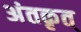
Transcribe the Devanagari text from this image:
अंतकृत्